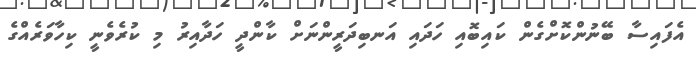
އެފައިސާ ބޭނުންކޮށްގެން ކައިބޮއި ހަދައި އަނބިދަރީންނަށް ކާންދީ ހަދާއިރު މި ކުރެވެނީ ކިހާވަރެއްގެ